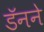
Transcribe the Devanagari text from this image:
डॅनने